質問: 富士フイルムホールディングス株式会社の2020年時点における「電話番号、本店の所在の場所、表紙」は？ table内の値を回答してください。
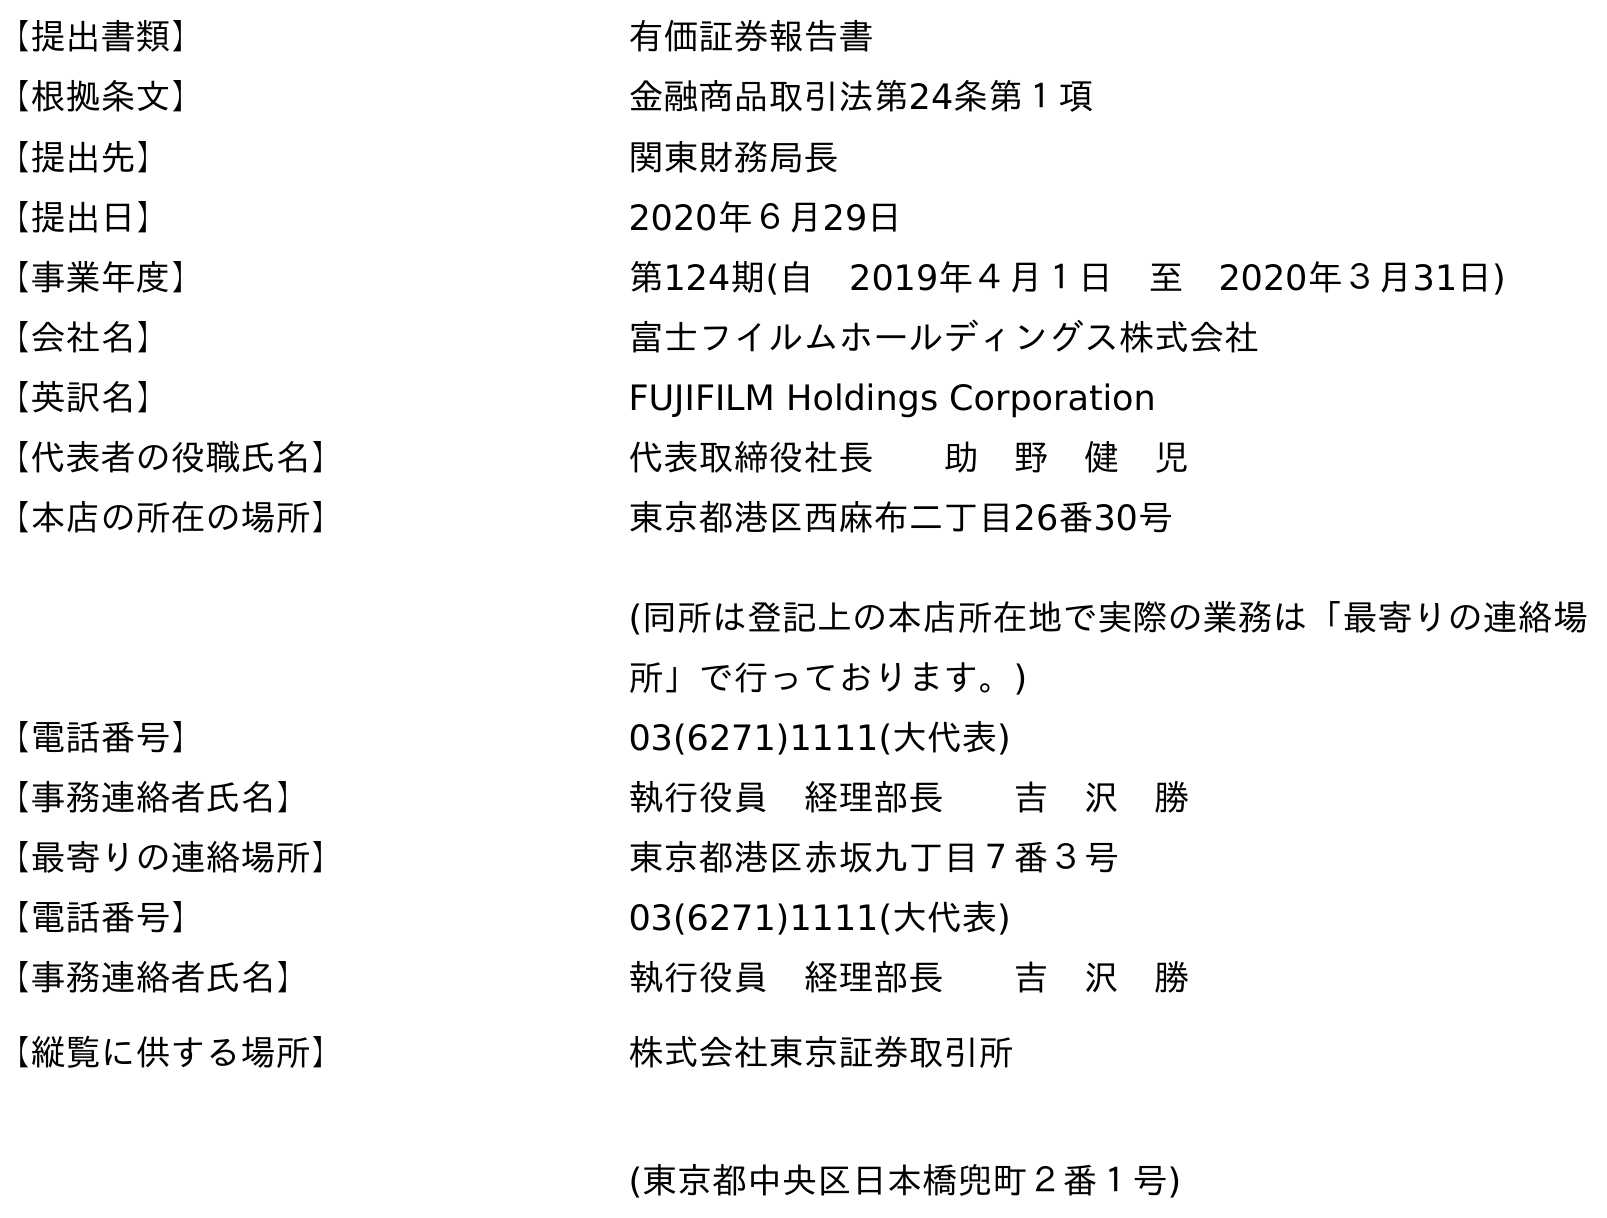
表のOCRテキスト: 【提出書類】 有価証券報告書 【根拠条文】 金融商品取引法第24条第１項 【提出先】 関東財務局長 【提出日】 2020年６月29日 【事業年度】 第124期(自 2019年４月１日 至 2020年３月31日) 【会社名】 富士フイルムホールディングス株式会社 【英訳名】 FUJIFILM Holdings Corporation 【代表者の役職氏名】 代表取締役社長  助 野 健 児 【本店の所在の場所】 東京都港区西麻布二丁目26番30号 (同所は登記上の本店所在地で実際の業務は「最寄りの連絡場 所」で行っております。) 【電話番号】 03(6271)1111(大代表) 【事務連絡者氏名】 執行役員 経理部長  吉 沢 勝 【最寄りの連絡場所】 東京都港区赤坂九丁目７番３号 【電話番号】 03(6271)1111(大代表) 【事務連絡者氏名】 執行役員 経理部長  吉 沢 勝 【縦覧に供する場所】 株式会社東京証券取引所 (東京都中央区日本橋兜町２番１号)
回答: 03(6271)1111(大代表)